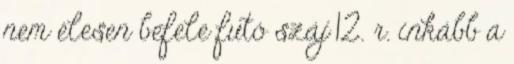
nem élesen befele futó száj 12. r. inkább a